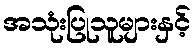
အသုံးပြုသူများနှင့်